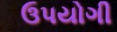
ઉપયોગી